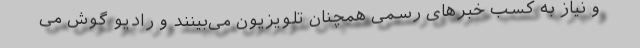
و نیاز به کسب خبرهای رسمی همچنان تلویزیون می‌بینند و رادیو گوش می